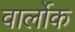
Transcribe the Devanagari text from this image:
वार्लोक